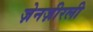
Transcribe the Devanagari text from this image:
ज़ेनज़ीरली